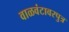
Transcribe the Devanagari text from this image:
वाळवंटावरपुत्र